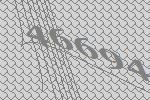
46694